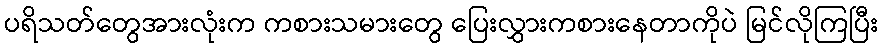
ပရိသတ်တွေအားလုံးက ကစားသမားတွေ ပြေးလွှားကစားနေတာကိုပဲ မြင်လိုကြပြီး